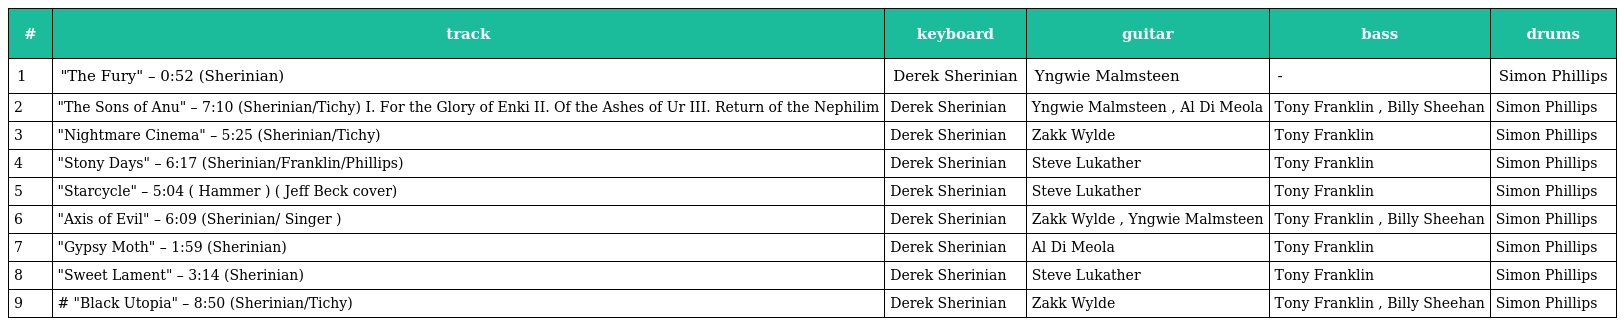
| # | track | keyboard | guitar | bass | drums |
 | --- | --- | --- | --- | --- | --- |
 | 1 | "The Fury" – 0:52 (Sherinian) | Derek Sherinian | Yngwie Malmsteen | - | Simon Phillips |
 | 2 | "The Sons of Anu" – 7:10 (Sherinian/Tichy) I. For the Glory of Enki II. Of the Ashes of Ur III. Return of the Nephilim | Derek Sherinian | Yngwie Malmsteen , Al Di Meola | Tony Franklin , Billy Sheehan | Simon Phillips |
 | 3 | "Nightmare Cinema" – 5:25 (Sherinian/Tichy) | Derek Sherinian | Zakk Wylde | Tony Franklin | Simon Phillips |
 | 4 | "Stony Days" – 6:17 (Sherinian/Franklin/Phillips) | Derek Sherinian | Steve Lukather | Tony Franklin | Simon Phillips |
 | 5 | "Starcycle" – 5:04 ( Hammer ) ( Jeff Beck cover) | Derek Sherinian | Steve Lukather | Tony Franklin | Simon Phillips |
 | 6 | "Axis of Evil" – 6:09 (Sherinian/ Singer ) | Derek Sherinian | Zakk Wylde , Yngwie Malmsteen | Tony Franklin , Billy Sheehan | Simon Phillips |
 | 7 | "Gypsy Moth" – 1:59 (Sherinian) | Derek Sherinian | Al Di Meola | Tony Franklin | Simon Phillips |
 | 8 | "Sweet Lament" – 3:14 (Sherinian) | Derek Sherinian | Steve Lukather | Tony Franklin | Simon Phillips |
 | 9 | # "Black Utopia" – 8:50 (Sherinian/Tichy) | Derek Sherinian | Zakk Wylde | Tony Franklin , Billy Sheehan | Simon Phillips |